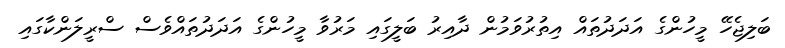
ބަލިޖެހޭ މީހުންގެ އަދަދުތައް އިތުރުވަމުން ދާއިރު ބަލީގައި މަރުވާ މީހުންގެ އަދަދުތައްވެސް ސްރީލަންކާގައި